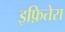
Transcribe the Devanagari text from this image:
इफ़ितेरा